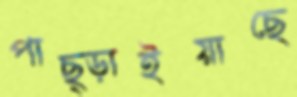
পাছ্‌ড়াইয়াছে